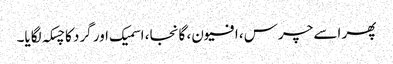
پھر اسے چرس، افیون، گانجا، اسمیک اور گرد کا چسکہ لگایا۔